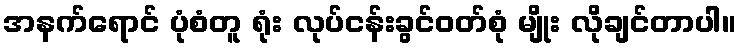
အနက်ရောင် ပုံစံတူ ရုံး လုပ်ငန်းခွင်ဝတ်စုံ မျိုး လိုချင်တာပါ။